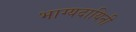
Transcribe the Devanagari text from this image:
भाग्यदायिनी